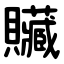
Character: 贜